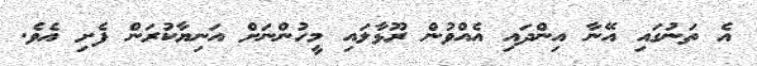
އެ ތަނުގައި އޭނާ އިންދައި އެއްވުން ރޫޅާލައި މީހުންނަށް އަނިޔާކުރަން ފެށި އެވެ.